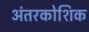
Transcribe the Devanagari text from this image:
अंतरकोशिक